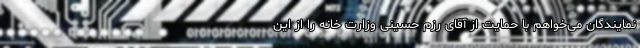
نمایندگان می‌خواهم با حمایت از آقای رزم حسینی وزارت خانه را از این